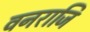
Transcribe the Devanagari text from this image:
वनराजि